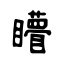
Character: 矒